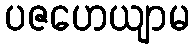
ပဇဟေယျာမ